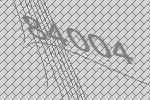
84004